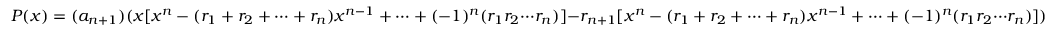
P ( x ) = { ( a _ { n + 1 } ) } { ( { x } { [ { x ^ { n } } - { ( { r _ { 1 } } + { r _ { 2 } } + { \cdots } + { r _ { n } } ) { x ^ { n - 1 } } } + { \cdots } + { { ( - 1 ) ^ { n } } { ( { r _ { 1 } } { r _ { 2 } } { \cdots } { r _ { n } } ) } } ] } { - r _ { n + 1 } } { [ { x ^ { n } } - { ( { r _ { 1 } } + { r _ { 2 } } + { \cdots } + { r _ { n } } ) { x ^ { n - 1 } } } + { \cdots } + { { ( - 1 ) ^ { n } } { ( { r _ { 1 } } { r _ { 2 } } { \cdots } { r _ { n } } ) } } ] } ) }